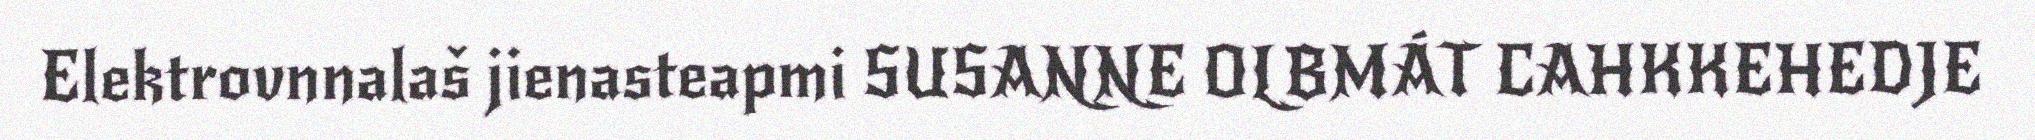
Elektrovnnalaš jienasteapmi SUSANNE OLBMÁT CAHKKEHEDJE